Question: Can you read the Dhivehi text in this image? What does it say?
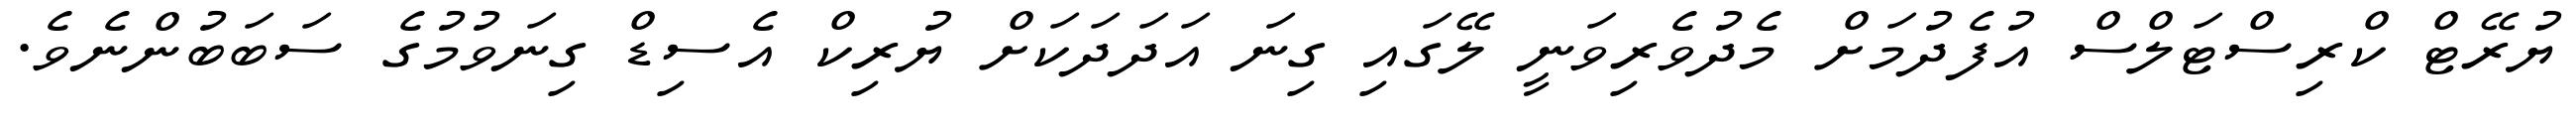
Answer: ޔުރޭޓް ކްރިސްޓަލްސް އުފެދުމަށް މެދުވެރިވަނީ ލޭގައި ގިނަ އަދަދަކަށް ޔުރިކް އެސިޑް ގިނަވުމުގެ ސަބަބުންނެވެ.